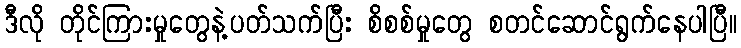
ဒီလို တိုင်ကြားမှုတွေနဲ့ပတ်သက်ပြီး စိစစ်မှုတွေ စတင်ဆောင်ရွက်နေပါပြီ။